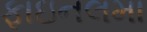
ફાઇનલમા